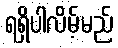
ရရှိပါလိမ့်မည်